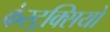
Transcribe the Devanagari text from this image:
कंस्ट्रक्सियो